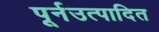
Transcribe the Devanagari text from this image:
पूर्नउत्पादित